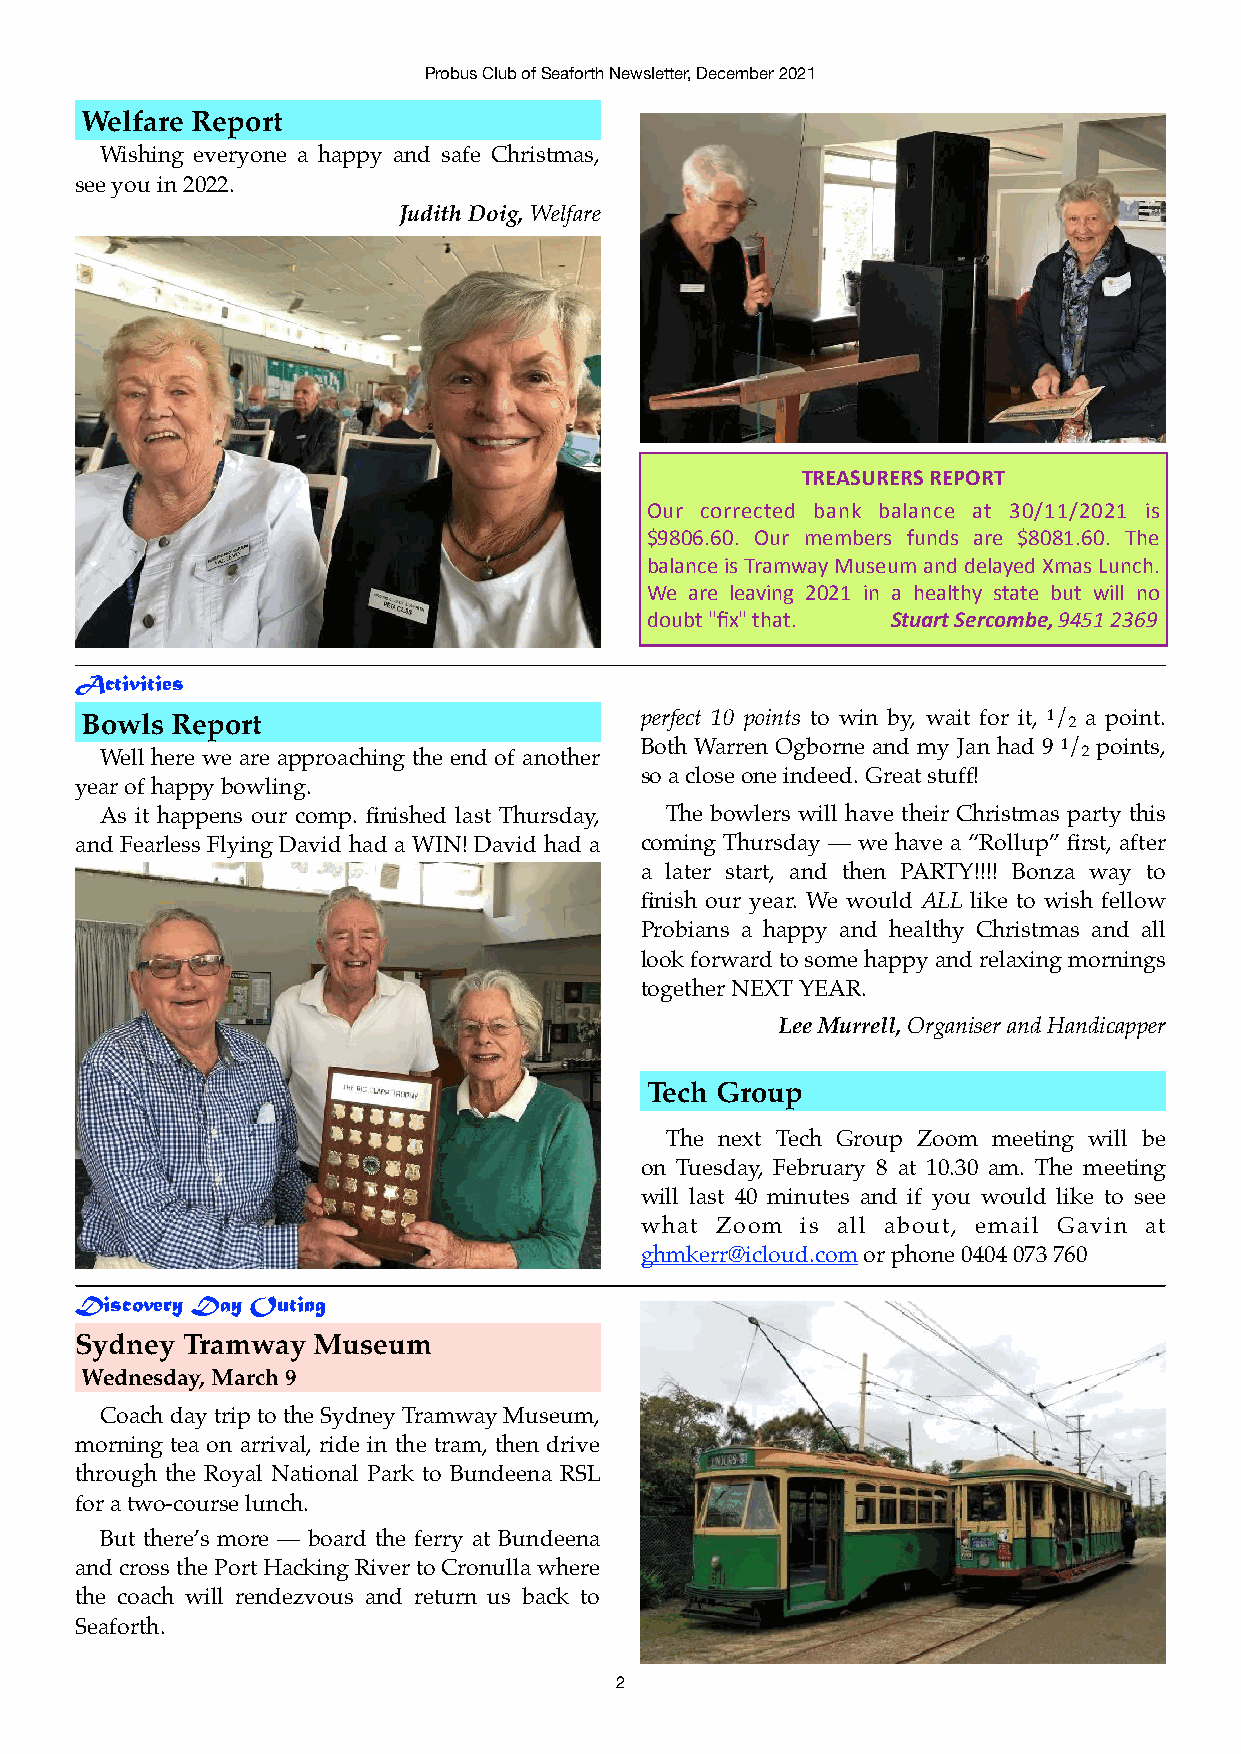
Probus Club of Seaforth Newsletter, December 2021
 Welfare Report
 Wishing everyone a happy and safe Christmas,
 see you in 2022.
 Judith Doig, Welfare
 TREASURERS REPORT
 Our corrected bank balance at 30/11/2021 is
 $9806.60. Our members funds are $8081.60. The
 balance is Tramway Museum and delayed Xmas Lunch.
 We are leaving 2021 in a healthy state but will no
 doubt "fix" that. Stuart Sercombe, 9451 2369
 Activities
 Bowls Report                         perfect 10 points to win by, wait for it, 1/ 2 a point.
 Both Warren Ogborne and my Jan had 9 1/ points,
 Well here we are approaching the end of another                  2
 so a close one indeed. Great stuff!
 year of happy bowling.
 As it happens our comp. finished last Thursday, The bowlers will have their Christmas party this
 and Fearless Flying David had a WIN! David had a coming Thursday — we have a “Rollup” first, after
 a later start, and then PARTY!!!! Bonza way to
 finish our year. We would ALL like to wish fellow
 Probians a happy and healthy Christmas and all
 look forward to some happy and relaxing mornings
 together NEXT YEAR.
 Lee Murrell, Organiser and Handicapper
 Tech Group
 The next Tech Group Zoom meeting will be
 on Tuesday, February 8 at 10.30 am. The meeting
 will last 40 minutes and if you would like to see
 what Zoom  is all about, email Gavin at
 ghmkerr@icloud.com or phone 0404 073 760
 Discovery Day Outing
 Sydney Tramway  Museum
 Wednesday, March 9
 Coach day trip to the Sydney Tramway Museum,
 morning tea on arrival, ride in the tram, then drive
 through the Royal National Park to Bundeena RSL
 for a two-course lunch.
 But there’s more — board the ferry at Bundeena
 and cross the Port Hacking River to Cronulla where
 the coach will rendezvous and return us back to
 Seaforth.
 2